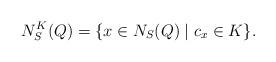
LaTeX: \begin{align*}N_S^K(Q) = \{x \in N_S(Q) \mid c_x \in K\}.\end{align*}